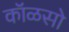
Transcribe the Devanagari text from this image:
कॉळसो